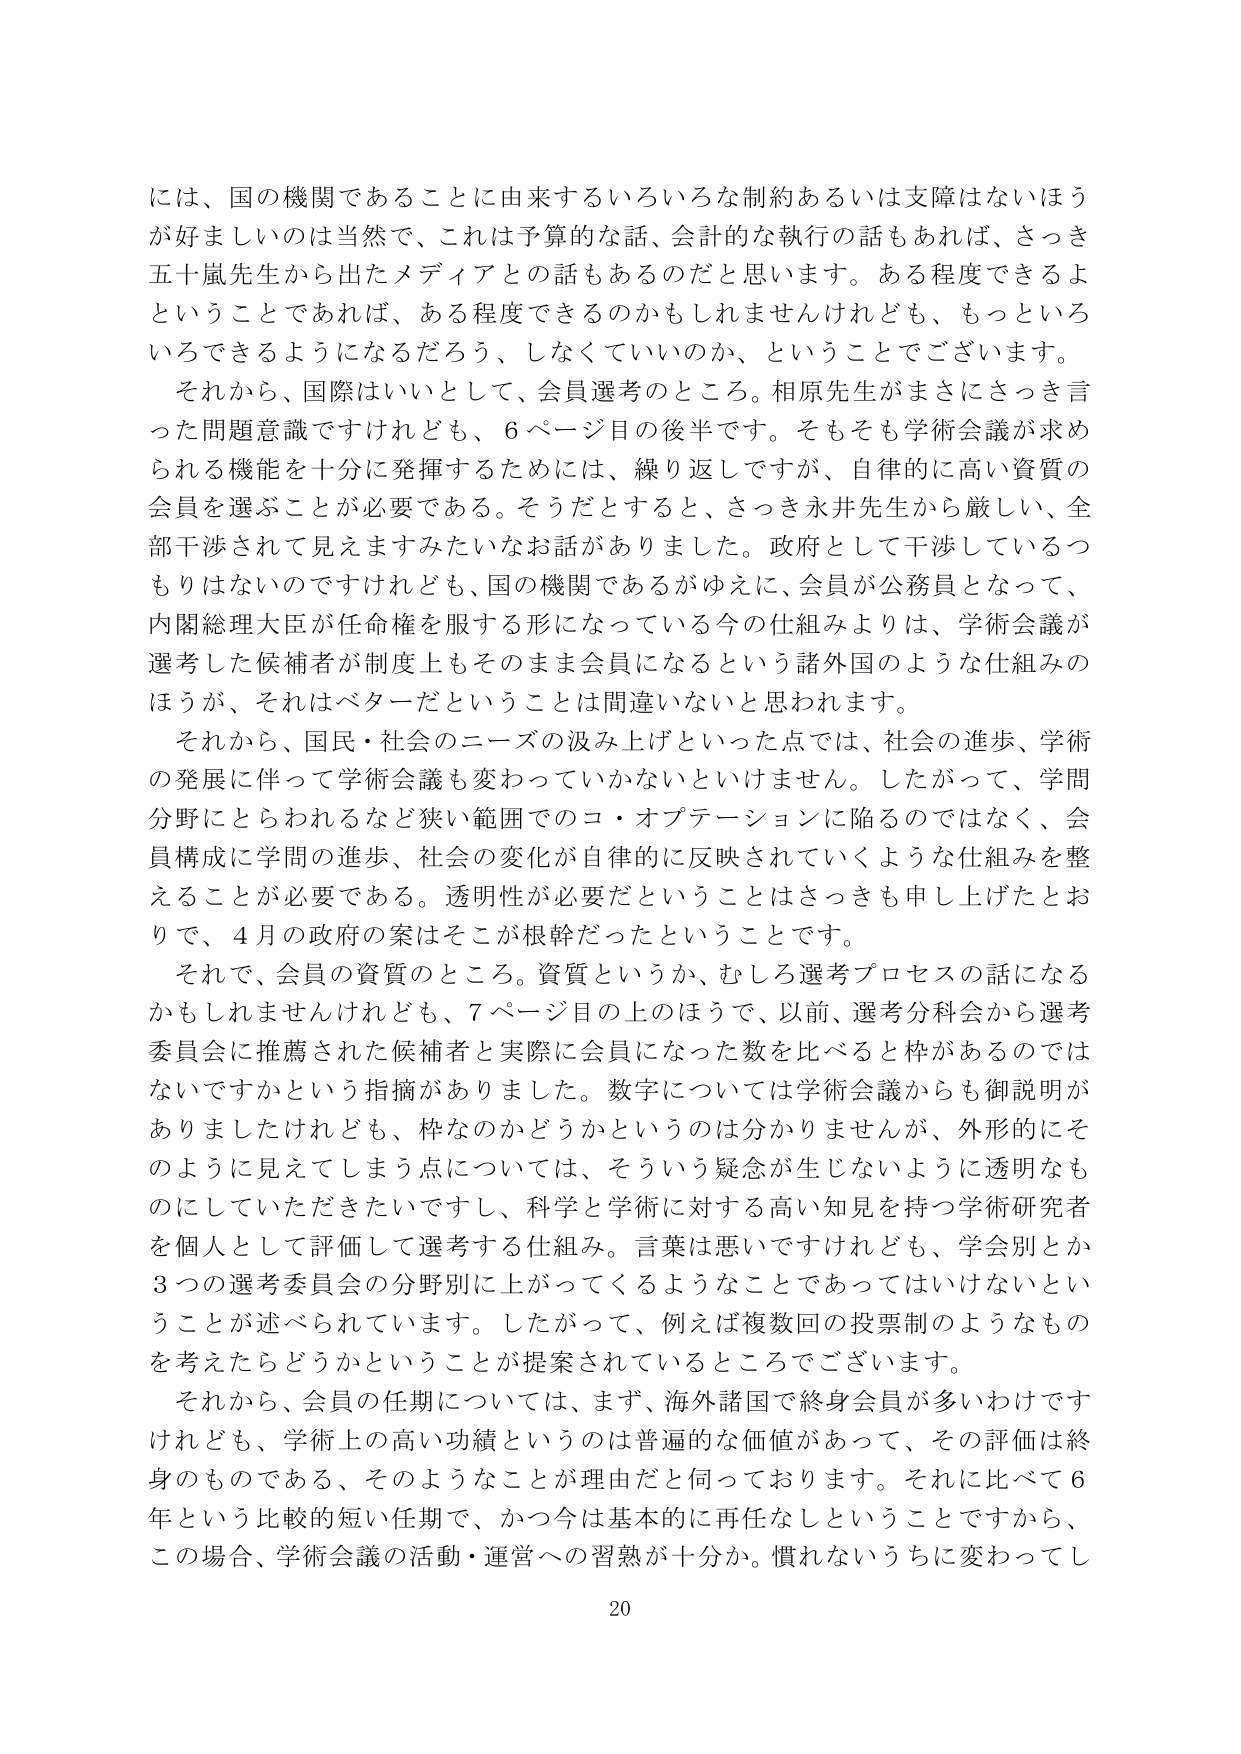
には、国の機関であることにより来るいろいろな制約あるいは支障はないほうが好ましいのは当然で、これは予算的な話、会計的な執行の話もあれば、さっき五十嵐先生から出たメディアとの話もあるのだと思います。ある程度できるよということであれば、ある程度できるのかもしれませんけれども、もっといろいろできるようになるだろう、しなくていいのか、ということでございます。

それから、国際はいいとして、会員選考のところ。相原先生がまさにさっき言った問題意識ですけれども、6ページ目の後半です。そもそも学術会議が求められる機能を十分に発揮するためには、繰り返しですが、自律的に高い資質の会員を選ぶことが必要である。そうだとすると、さっき永井先生から厳しい、全部干渉されて見えますみたいなお話がありました。政府として干渉しているつもりはないのですけれども、国の機関であるがゆえに、会員が公務員となって、内閣総理大臣が任命権を服する形になっている今の仕組みよりは、学術会議が選考した候補者が制度上もそのまま会員になるという諸外国のような仕組みのほうが、それはベターだということは間違いないと思われます。

それから、国民・社会のニーズの汲み上げといった点では、社会の進歩、学術の発展に伴って学術会議も変わっていかないといけません。したがって、学問分野にとらわれるなど狭い範囲でのコ・オプテーションに陥るのではなく、会員構成に学問の進歩、社会の変化が自律的に反映されていくような仕組みを整えることが必要である。透明性が必要だということはさっきも申し上げたとおりで、4月の政府の案はそこが根幹だったということです。

それで、会員の資質のところ。資質というか、むしろ選考プロセスの話になるかもしれませんが、7ページ目の上のほうで、以前、選考分科会から選考委員会に推薦された候補者と実際に会員になった数を比べると枠があるのではないですかという指摘がありました。数字については学術会議からも御説明がありましたけれども、枠なのかどうかというのは分かりませんが、外形的にそのように見えてしまう点については、そういう疑念が生じないように透明なものにしていただきたいですし、科学と学術に対する高い知見を持つ学術研究者を個人として評価して選考する仕組み。言葉は悪いですけれども、学会別とか3つの選考委員会の分野別に上がってくるようなことであってはいけないということが述べられています。したがって、例えば複数回の投票制のようなものを考えたらどうかということが提案されているところでございます。

それから、会員の任期については、まず、海外諸国で終身会員が多いわけですが、学術上の高い功績というのは普遍的な価値があって、その評価は終身のものである、そのようなことが理由だと伺っております。それに比べて6年という比較的短い任期で、かつ今は基本的に再任なしということですから、この場合、学術会議の活動・運営への習熟が十分か。慣れないうちに変わってし

20